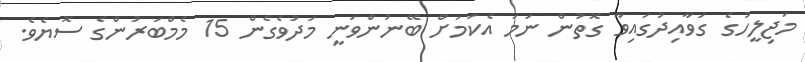
މަޖިލީހުގެ ގަވާއިދުގައިވާ ގޮތުން ނަމަ އެކަމަށް ބޭނުންވަނީ މަދުވެގެން 15 މެމްބަރުންގެ ސޮޔެވެ.